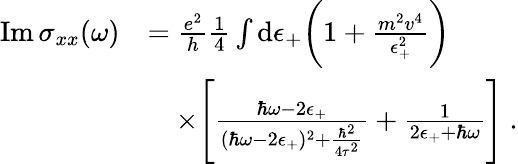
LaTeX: \begin{array}{rl}{\mathrm{Im}\, \sigma_{xx}(\omega)}&{=\frac{e^{2}}{h}\frac{1}{4}\int\mathrm{d}\epsilon_{+}\bigg(1+\frac{m^{2}v^{4}}{\epsilon_{+}^{2}}\bigg)}\\ &{\quad\times\Bigg[\frac{\hbar\omega-2\epsilon_{+}}{(\hbar\omega-2\epsilon_{+})^{2}+\frac{\hbar^{2}}{4\tau^{2}}}+\frac{1}{2\epsilon_{+}+\hbar\omega}\Bigg]\ .}\end{array}